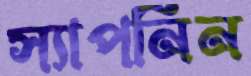
স্যাপনিন